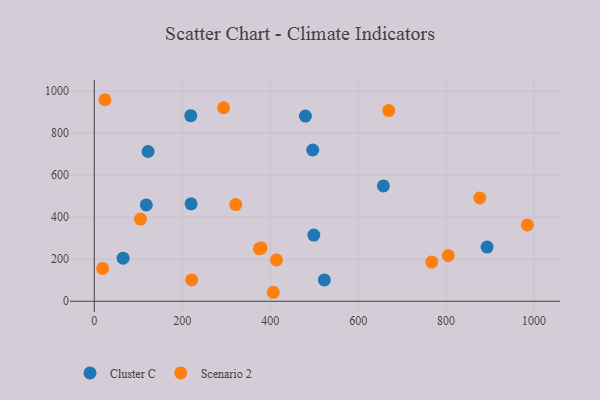
{"axis": {"x": "Price", "y": "Rating"}, "legend": ["Cluster C", "Scenario 2"], "data": [{"x": "65.5", "y": 205.2, "type": "Cluster C"}, {"x": "118.3", "y": 458.5, "type": "Cluster C"}, {"x": "523.1", "y": 101.6, "type": "Cluster C"}, {"x": "499.2", "y": 314.9, "type": "Cluster C"}, {"x": "220.2", "y": 463.5, "type": "Cluster C"}, {"x": "219.4", "y": 883.2, "type": "Cluster C"}, {"x": "657.4", "y": 548.9, "type": "Cluster C"}, {"x": "496.8", "y": 719.8, "type": "Cluster C"}, {"x": "893.2", "y": 257.9, "type": "Cluster C"}, {"x": "480.1", "y": 881.4, "type": "Cluster C"}, {"x": "122.3", "y": 712.7, "type": "Cluster C"}, {"x": "379.3", "y": 254.2, "type": "Scenario 2"}, {"x": "221.4", "y": 101.6, "type": "Scenario 2"}, {"x": "876.5", "y": 491.4, "type": "Scenario 2"}, {"x": "24.3", "y": 959.0, "type": "Scenario 2"}, {"x": "984.8", "y": 363.3, "type": "Scenario 2"}, {"x": "375.4", "y": 250.2, "type": "Scenario 2"}, {"x": "294.1", "y": 920.9, "type": "Scenario 2"}, {"x": "805.0", "y": 217.7, "type": "Scenario 2"}, {"x": "19.0", "y": 155.9, "type": "Scenario 2"}, {"x": "321.6", "y": 460.0, "type": "Scenario 2"}, {"x": "414.2", "y": 196.5, "type": "Scenario 2"}, {"x": "406.9", "y": 42.7, "type": "Scenario 2"}, {"x": "669.6", "y": 907.5, "type": "Scenario 2"}, {"x": "105.0", "y": 391.2, "type": "Scenario 2"}, {"x": "767.4", "y": 186.4, "type": "Scenario 2"}]}